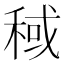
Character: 稢